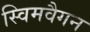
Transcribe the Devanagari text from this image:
स्विमवैगन